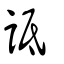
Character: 詆